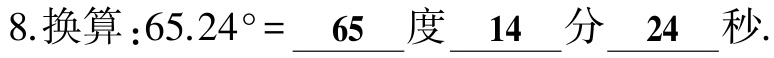
8.换算：\(65.24^{\circ} = \underline{65}\)度\(\underline{14}\)分\(\underline{24}\)秒.